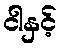
ငါနှင့်